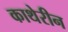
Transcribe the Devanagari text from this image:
काथेरीन